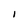
Character: l